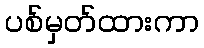
ပစ်မှတ်ထားကာ